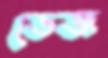
ডেজ